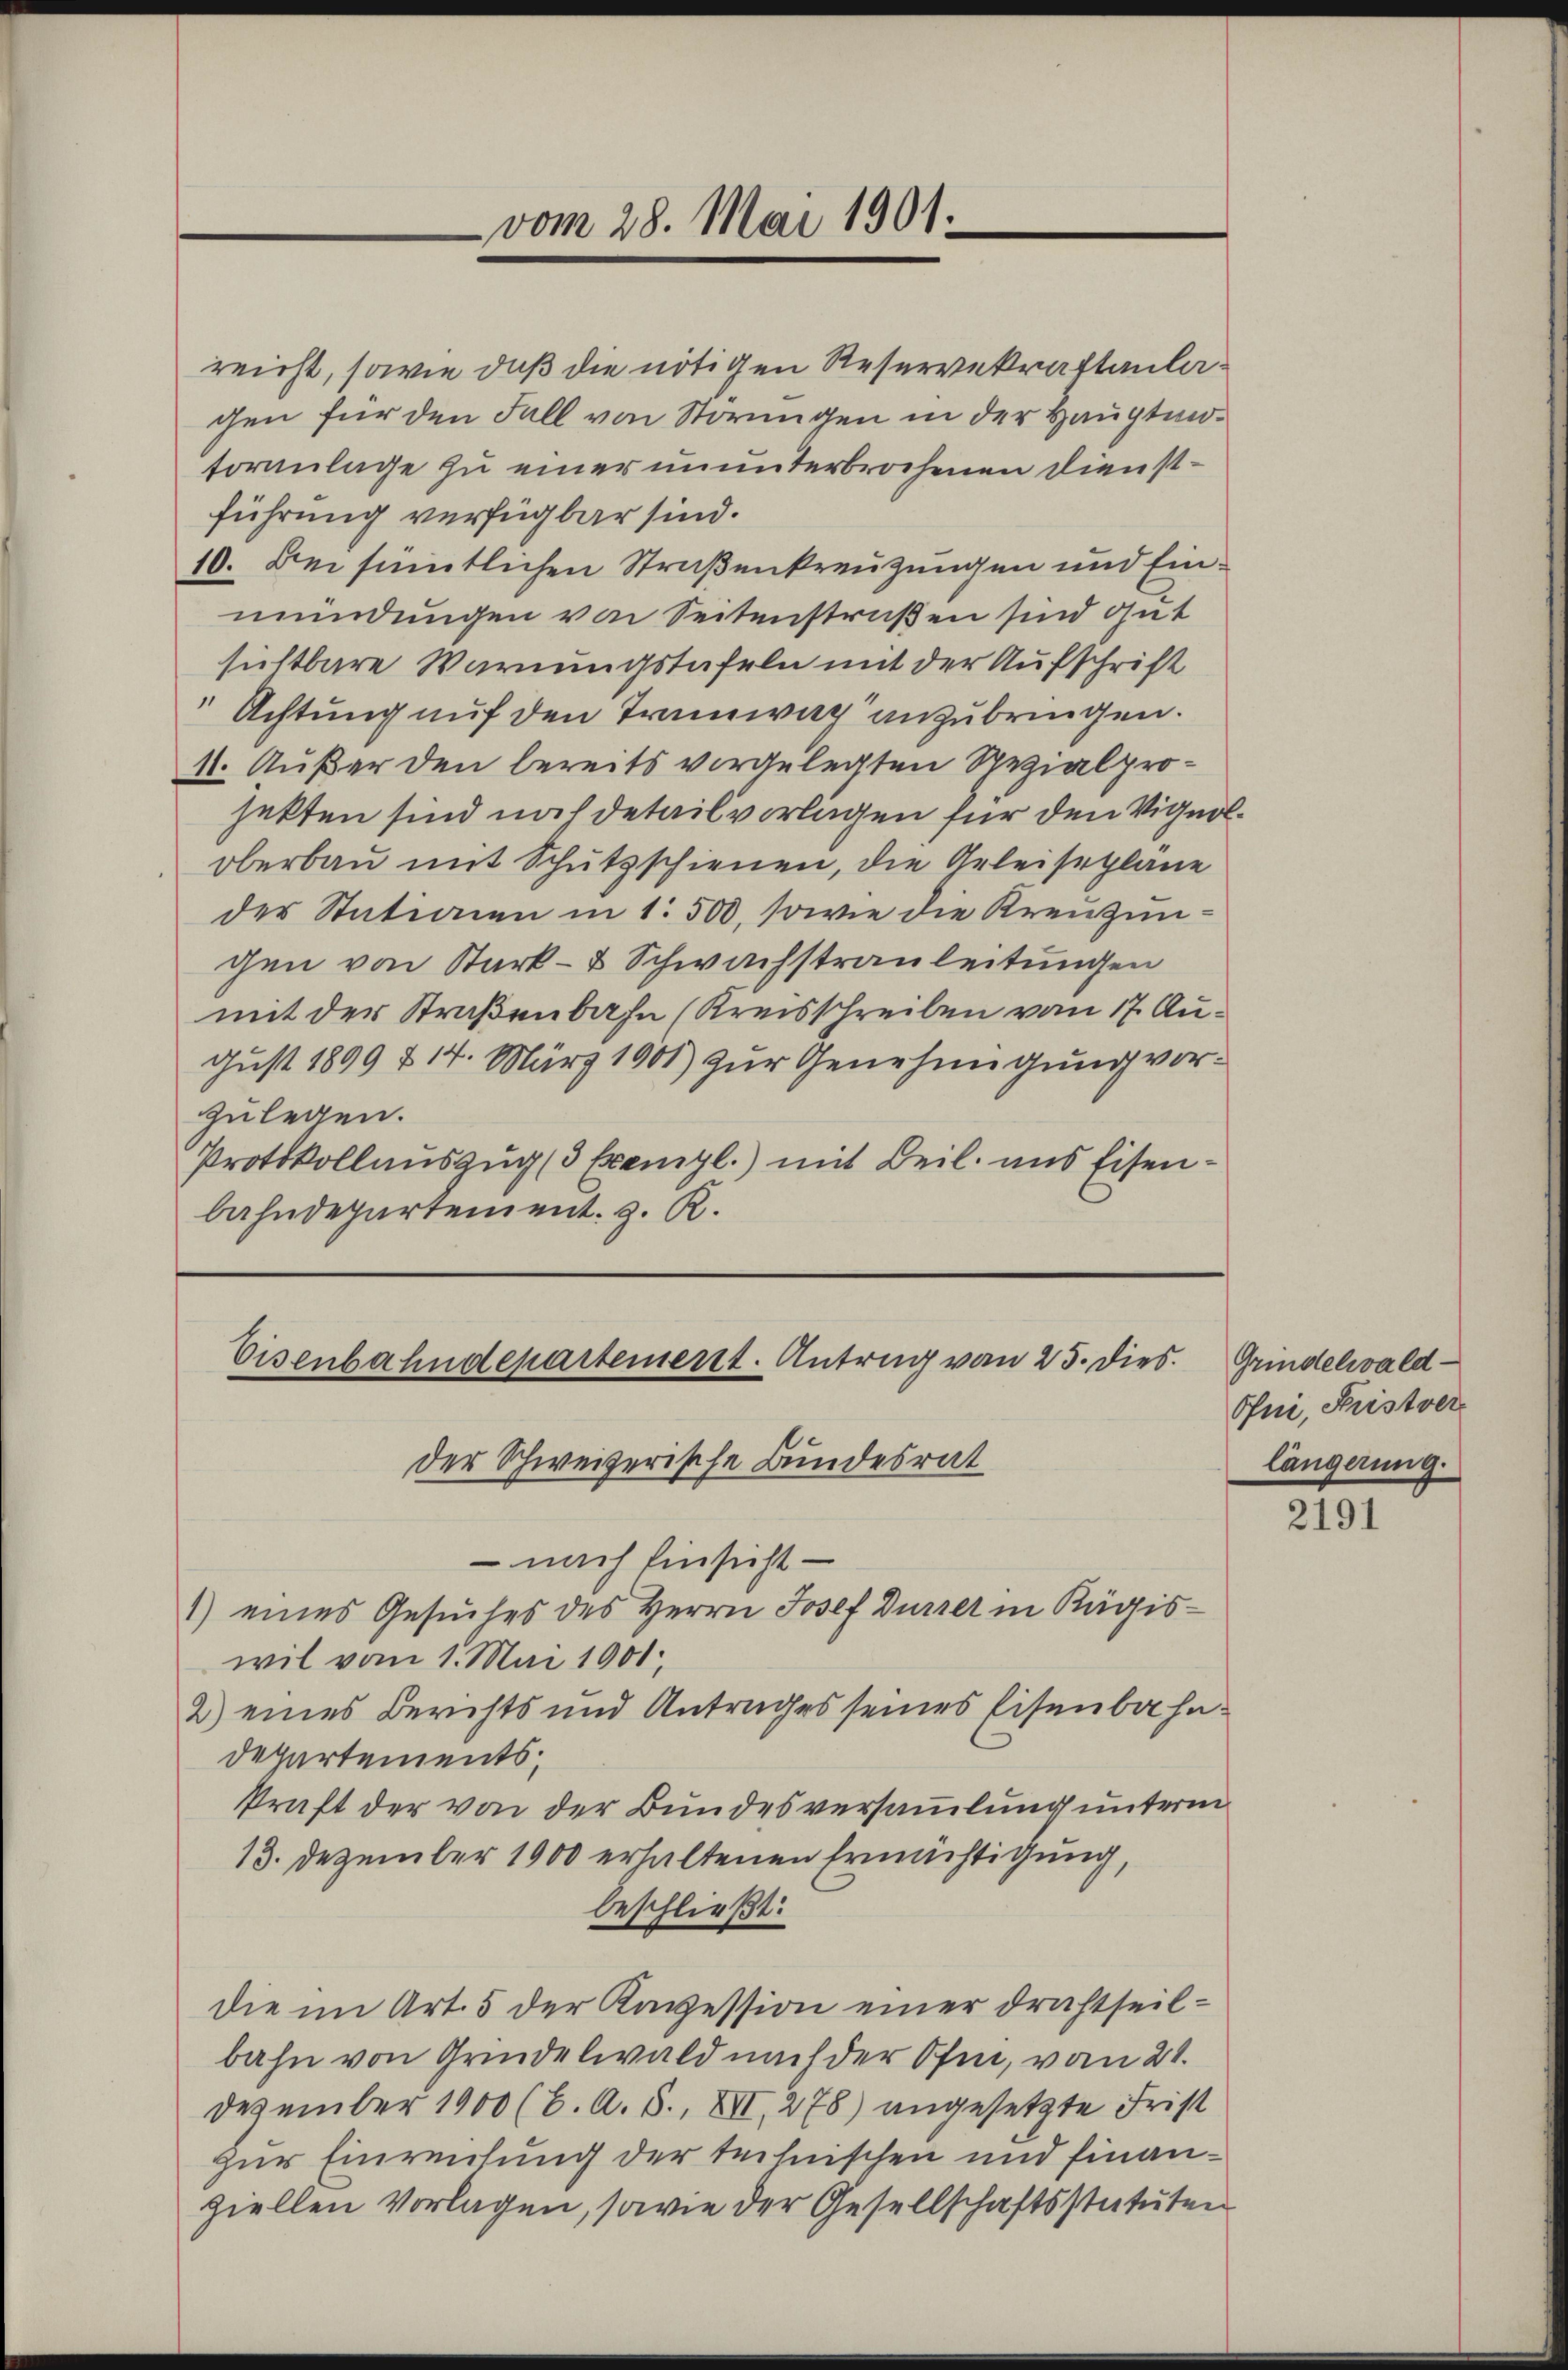
reicht, sowie daß die nötigen Reservekraftanlagen für den Fall von Störungen in der Hauptmotoranlage zu einer ununterbrochenen Dienstführung verfügbar sind.
10. Bei sämmtlichen Straßenkreuzungen und Einmündungen von Seitenstraßen sind gut
sichtbare Warnungstafeln mit der Aufschrift
Achtung auf den Tramway anzubringen.
11. Außer den bereits vorgelegten Spezialprojetten sind nach detailvorlagen für den Vignoloberbau mit Schutzschienen, die Arleisepläne
der Stationen in 1. 500, sowie die Kreuzingen von Stark- & Schwachstrauleitungen
mit der Straßenbahn (Kreisschreiben vom 17. August 1899 § 14. März 1901) zur Genehmigung vorzulegen.
Protokollauszug (3 Exempl.) mit Beil. uns Eisenbahndepartement. z. R.

vom 28. Mai 1901.

Eisenbahndepartement. Antrag von 23. Dies
der Schweizerische Bundesrat
– nach Einsicht

1) eines Gesuches des Herrn Josef Dürzer in Kägis-
wil vom 1. Mai 1901
2) eines Berichts und Antrages seines Eisenbahn¬
Departements;
kraft der von der Bundesversammlung unterm
13. Dezember 1900 erhaltenen Ermächtigung,
beschließt:
die im Art. 5 der Kavession einer Drahtheilbahn von Grindelwald nach der Ofen, vom 21.
Dezember 1900 (C. A. S., XII, 278) angesetzte Frist
zur Einreichung der technischen und finanziellen Vorlagen, sowie der Gesellschaftsstatuten

Grindelwald
Ofni, Fristver
längerung.

2191